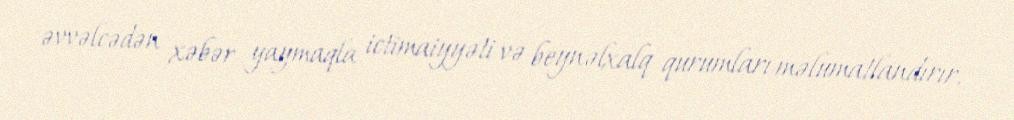
əvvəlcədən xəbər yaymaqla ictimaiyyəti və beynəlxalq qurumları məlumatlandırır.